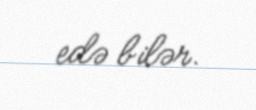
edə bilər.